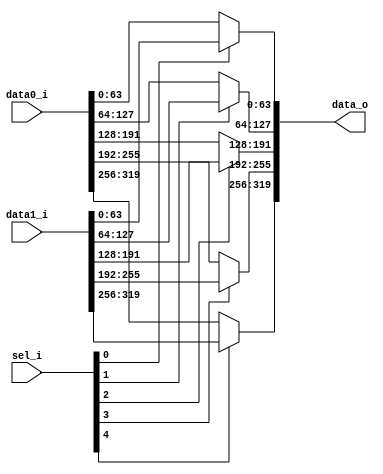
module bsg_mux_segmented_segments_p5_segment_width_p64
(
  data0_i,
  data1_i,
  sel_i,
  data_o
);

  input [319:0] data0_i;
  input [319:0] data1_i;
  input [4:0] sel_i;
  output [319:0] data_o;
  wire [319:0] data_o;
  wire N0,N1,N2,N3,N4,N5,N6,N7,N8,N9;
  assign data_o[63:0] = (N0)? data1_i[63:0] : 
                        (N5)? data0_i[63:0] : 1'b0;
  assign N0 = sel_i[0];
  assign data_o[127:64] = (N1)? data1_i[127:64] : 
                          (N6)? data0_i[127:64] : 1'b0;
  assign N1 = sel_i[1];
  assign data_o[191:128] = (N2)? data1_i[191:128] : 
                           (N7)? data0_i[191:128] : 1'b0;
  assign N2 = sel_i[2];
  assign data_o[255:192] = (N3)? data1_i[255:192] : 
                           (N8)? data0_i[255:192] : 1'b0;
  assign N3 = sel_i[3];
  assign data_o[319:256] = (N4)? data1_i[319:256] : 
                           (N9)? data0_i[319:256] : 1'b0;
  assign N4 = sel_i[4];
  assign N5 = ~sel_i[0];
  assign N6 = ~sel_i[1];
  assign N7 = ~sel_i[2];
  assign N8 = ~sel_i[3];
  assign N9 = ~sel_i[4];

endmodule